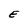
Character: E